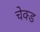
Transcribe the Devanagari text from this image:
चेक्ड